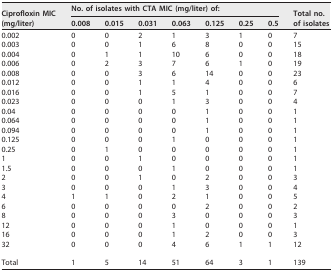
<table><thead><tr><td rowspan="2"><b>Ciprofloxin MIC (mg/liter)</b></td><td colspan="7"><b>No. of isolates with CTA MIC (mg/liter) of:</b></td><td rowspan="2"><b>Total no. of isolates</b></td></tr><tr><td><b>0.008</b></td><td><b>0.015</b></td><td><b>0.031</b></td><td><b>0.063</b></td><td><b>0.125</b></td><td><b>0.25</b></td><td><b>0.5</b></td></tr></thead><tbody><tr><td>0.002</td><td>0</td><td>0</td><td>2</td><td>1</td><td>3</td><td>1</td><td>0</td><td>7</td></tr><tr><td>0.003</td><td>0</td><td>0</td><td>1</td><td>6</td><td>8</td><td>0</td><td>0</td><td>15</td></tr><tr><td>0.004</td><td>0</td><td>1</td><td>1</td><td>10</td><td>6</td><td>0</td><td>0</td><td>18</td></tr><tr><td>0.006</td><td>0</td><td>2</td><td>3</td><td>7</td><td>6</td><td>1</td><td>0</td><td>19</td></tr><tr><td>0.008</td><td>0</td><td>0</td><td>3</td><td>6</td><td>14</td><td>0</td><td>0</td><td>23</td></tr><tr><td>0.012</td><td>0</td><td>0</td><td>1</td><td>1</td><td>4</td><td>0</td><td>0</td><td>6</td></tr><tr><td>0.016</td><td>0</td><td>0</td><td>1</td><td>5</td><td>1</td><td>0</td><td>0</td><td>7</td></tr><tr><td>0.023</td><td>0</td><td>0</td><td>0</td><td>1</td><td>3</td><td>0</td><td>0</td><td>4</td></tr><tr><td>0.04</td><td>0</td><td>0</td><td>0</td><td>0</td><td>1</td><td>0</td><td>0</td><td>1</td></tr><tr><td>0.064</td><td>0</td><td>0</td><td>0</td><td>0</td><td>1</td><td>0</td><td>0</td><td>1</td></tr><tr><td>0.094</td><td>0</td><td>0</td><td>0</td><td>0</td><td>1</td><td>0</td><td>0</td><td>1</td></tr><tr><td>0.125</td><td>0</td><td>0</td><td>0</td><td>1</td><td>0</td><td>0</td><td>0</td><td>1</td></tr><tr><td>0.25</td><td>0</td><td>1</td><td>0</td><td>0</td><td>0</td><td>0</td><td>0</td><td>1</td></tr><tr><td>1</td><td>0</td><td>0</td><td>1</td><td>0</td><td>0</td><td>0</td><td>0</td><td>1</td></tr><tr><td>1.5</td><td>0</td><td>0</td><td>0</td><td>1</td><td>0</td><td>0</td><td>0</td><td>1</td></tr><tr><td>2</td><td>0</td><td>0</td><td>1</td><td>0</td><td>2</td><td>0</td><td>0</td><td>3</td></tr><tr><td>3</td><td>0</td><td>0</td><td>0</td><td>1</td><td>3</td><td>0</td><td>0</td><td>4</td></tr><tr><td>4</td><td>1</td><td>1</td><td>0</td><td>2</td><td>1</td><td>0</td><td>0</td><td>5</td></tr><tr><td>6</td><td>0</td><td>0</td><td>0</td><td>0</td><td>2</td><td>0</td><td>0</td><td>2</td></tr><tr><td>8</td><td>0</td><td>0</td><td>0</td><td>3</td><td>0</td><td>0</td><td>0</td><td>3</td></tr><tr><td>12</td><td>0</td><td>0</td><td>0</td><td>1</td><td>0</td><td>0</td><td>0</td><td>1</td></tr><tr><td>16</td><td>0</td><td>0</td><td>0</td><td>1</td><td>2</td><td>0</td><td>0</td><td>3</td></tr><tr><td>32</td><td>0</td><td>0</td><td>0</td><td>4</td><td>6</td><td>1</td><td>1</td><td>12</td></tr><tr><td>Total</td><td>1</td><td>5</td><td>14</td><td>51</td><td>64</td><td>3</td><td>1</td><td>139</td></tr></tbody></table>